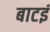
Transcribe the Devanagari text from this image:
बाटइं